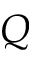
Q